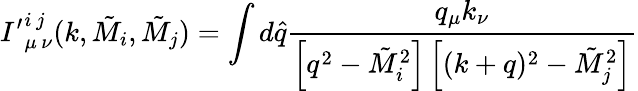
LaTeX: {I^{\prime}}_{\mu\, \nu}^{i\, j}(k,\tilde{M}_{i},\tilde{M}_{j})=\int d\widehat{q}\frac{q_{\mu}k_{\nu}}{\left[q^{2}-\tilde{M}_{i}^{2}\right]\left[(k+q)^{2}-\tilde{M}_{j}^{2}\right]}